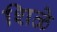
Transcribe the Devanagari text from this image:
शिळे